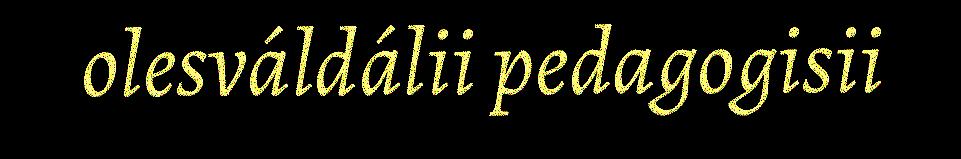
olesváldálii pedagogisii